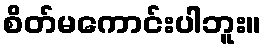
စိတ်မကောင်းပါဘူး။